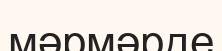
мәрмәрде